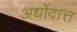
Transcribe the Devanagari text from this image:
अर्धोदात्त